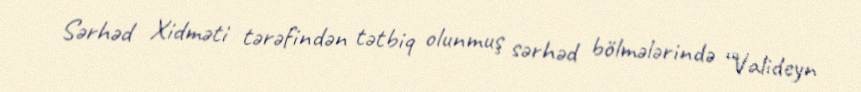
Sərhəd Xidməti tərəfindən tətbiq olunmuş sərhəd bölmələrində “Valideyn